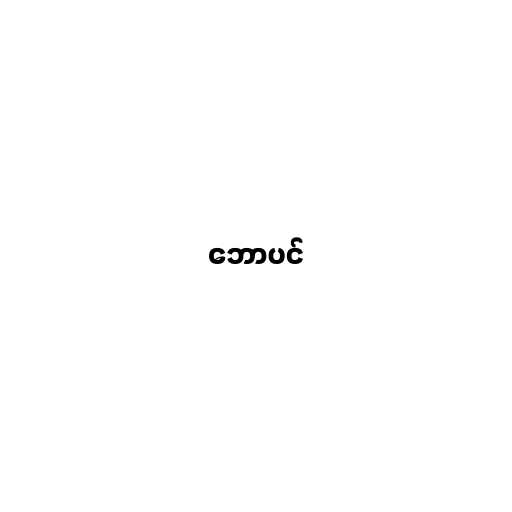
ဘောပင်